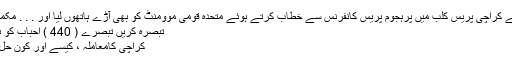
انہوں نے کراچی پریس کلب میں پرہجوم پریس کانفرنس سے خطاب کرتے ہوئے متحدہ قومی موومنٹ کو بھی آڑے ہاتھوں لیا اور . . . مکمل بلاگ
تبصرہ کریں تبصرے ( 440 ) احباب کو بھیجئے
کراچی کامعاملہ ، کیسے اور کون حل کرے؟